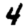
Digit: 4